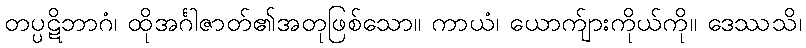
တပ္ပဋိဘာဂံ၊ ထိုအင်္ဂါဇာတ်၏အတုဖြစ်သော။ ကာယံ၊ ယောက်ျားကိုယ်ကို။ ဒေဿသိ၊